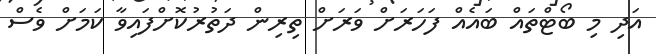
އަދި މި ބޯޓްތައް ބައެއް ފަހަރަށް ވަރަށް ތިރިން ދަތުރުކޮށްފައިވާ ކަމަށް ވެސް